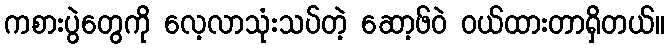
ကစားပွဲတွေကို လေ့လာသုံးသပ်တဲ့ ဆော့ဖ်ဝဲ ဝယ်ထားတာရှိတယ်။